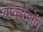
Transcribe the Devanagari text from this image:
ब्रोंक्सजॉन